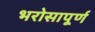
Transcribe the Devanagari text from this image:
भरोसापूर्ण